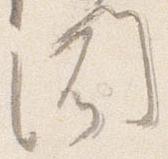
聞